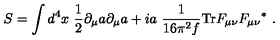
S = \int d ^ { 4 } x \ { \frac { 1 } { 2 } } \partial _ { \mu } a \partial _ { \mu } a + i a \ { \frac { 1 } { 1 6 \pi ^ { 2 } f } } \mathrm { T r } F _ { \mu \nu } { F _ { \mu \nu } } ^ { * } \ .